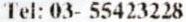
TEL: 03- 55423228